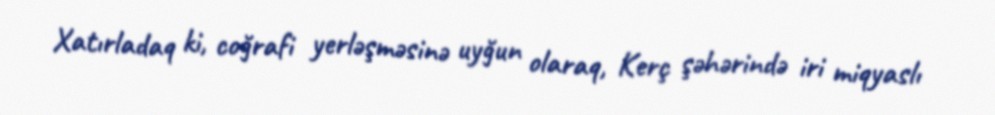
Xatırladaq ki, coğrafi yerləşməsinə uyğun olaraq, Kerç şəhərində iri miqyaslı